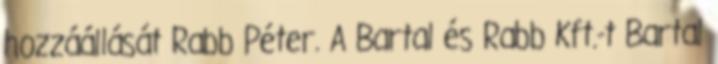
hozzáállását Rabb Péter. A Bartal és Rabb Kft.-t Bartal